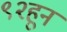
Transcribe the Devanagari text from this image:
९२हून